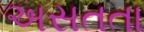
અસતતા